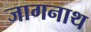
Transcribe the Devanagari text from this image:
जागनाथ